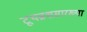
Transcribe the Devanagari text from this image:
टूथब्रशसारख्या